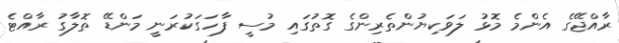
ރާއްޖޭގެ އެންމެ މޮޅު ލަވަކިޔުންތެރިންގެ ގޮތުގައި މުސީ ފާހަގަކުރަނީ މަންޑޭ ތޮލާގު ރާއްޓެ